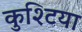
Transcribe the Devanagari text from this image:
कुश्टिया